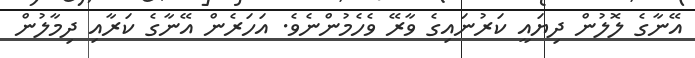
އޭނާގެ ލޮލުން ދިޔައީ ކަރުނައިގެ ވާރޭ ވެހެމުންނެވެ. އަހަރެން އޭނާގެ ކަރާއި ދިމާލުން